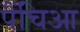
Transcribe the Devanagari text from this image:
पैंचिआ